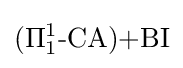
(\Pi _{1}^{1}{\textrm {-CA}}){\textrm {+BI}}